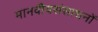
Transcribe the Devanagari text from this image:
मानवीयसंसाधनों